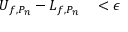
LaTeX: \begin{array} { r l } { U _ { f , P _ { n } } - L _ { f , P _ { n } } } & { { } < \epsilon } \end{array}